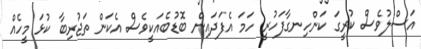
އަސްލުވެސް ކުރީގަ ކަންހިނގާފަހުރީ ހަމަ އެފަދައިން ބޮޑުބެއަކީވެސް އެކަން ތަޖުރިބާ ކުޅަ މީހެއް